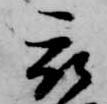
被